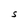
Character: S